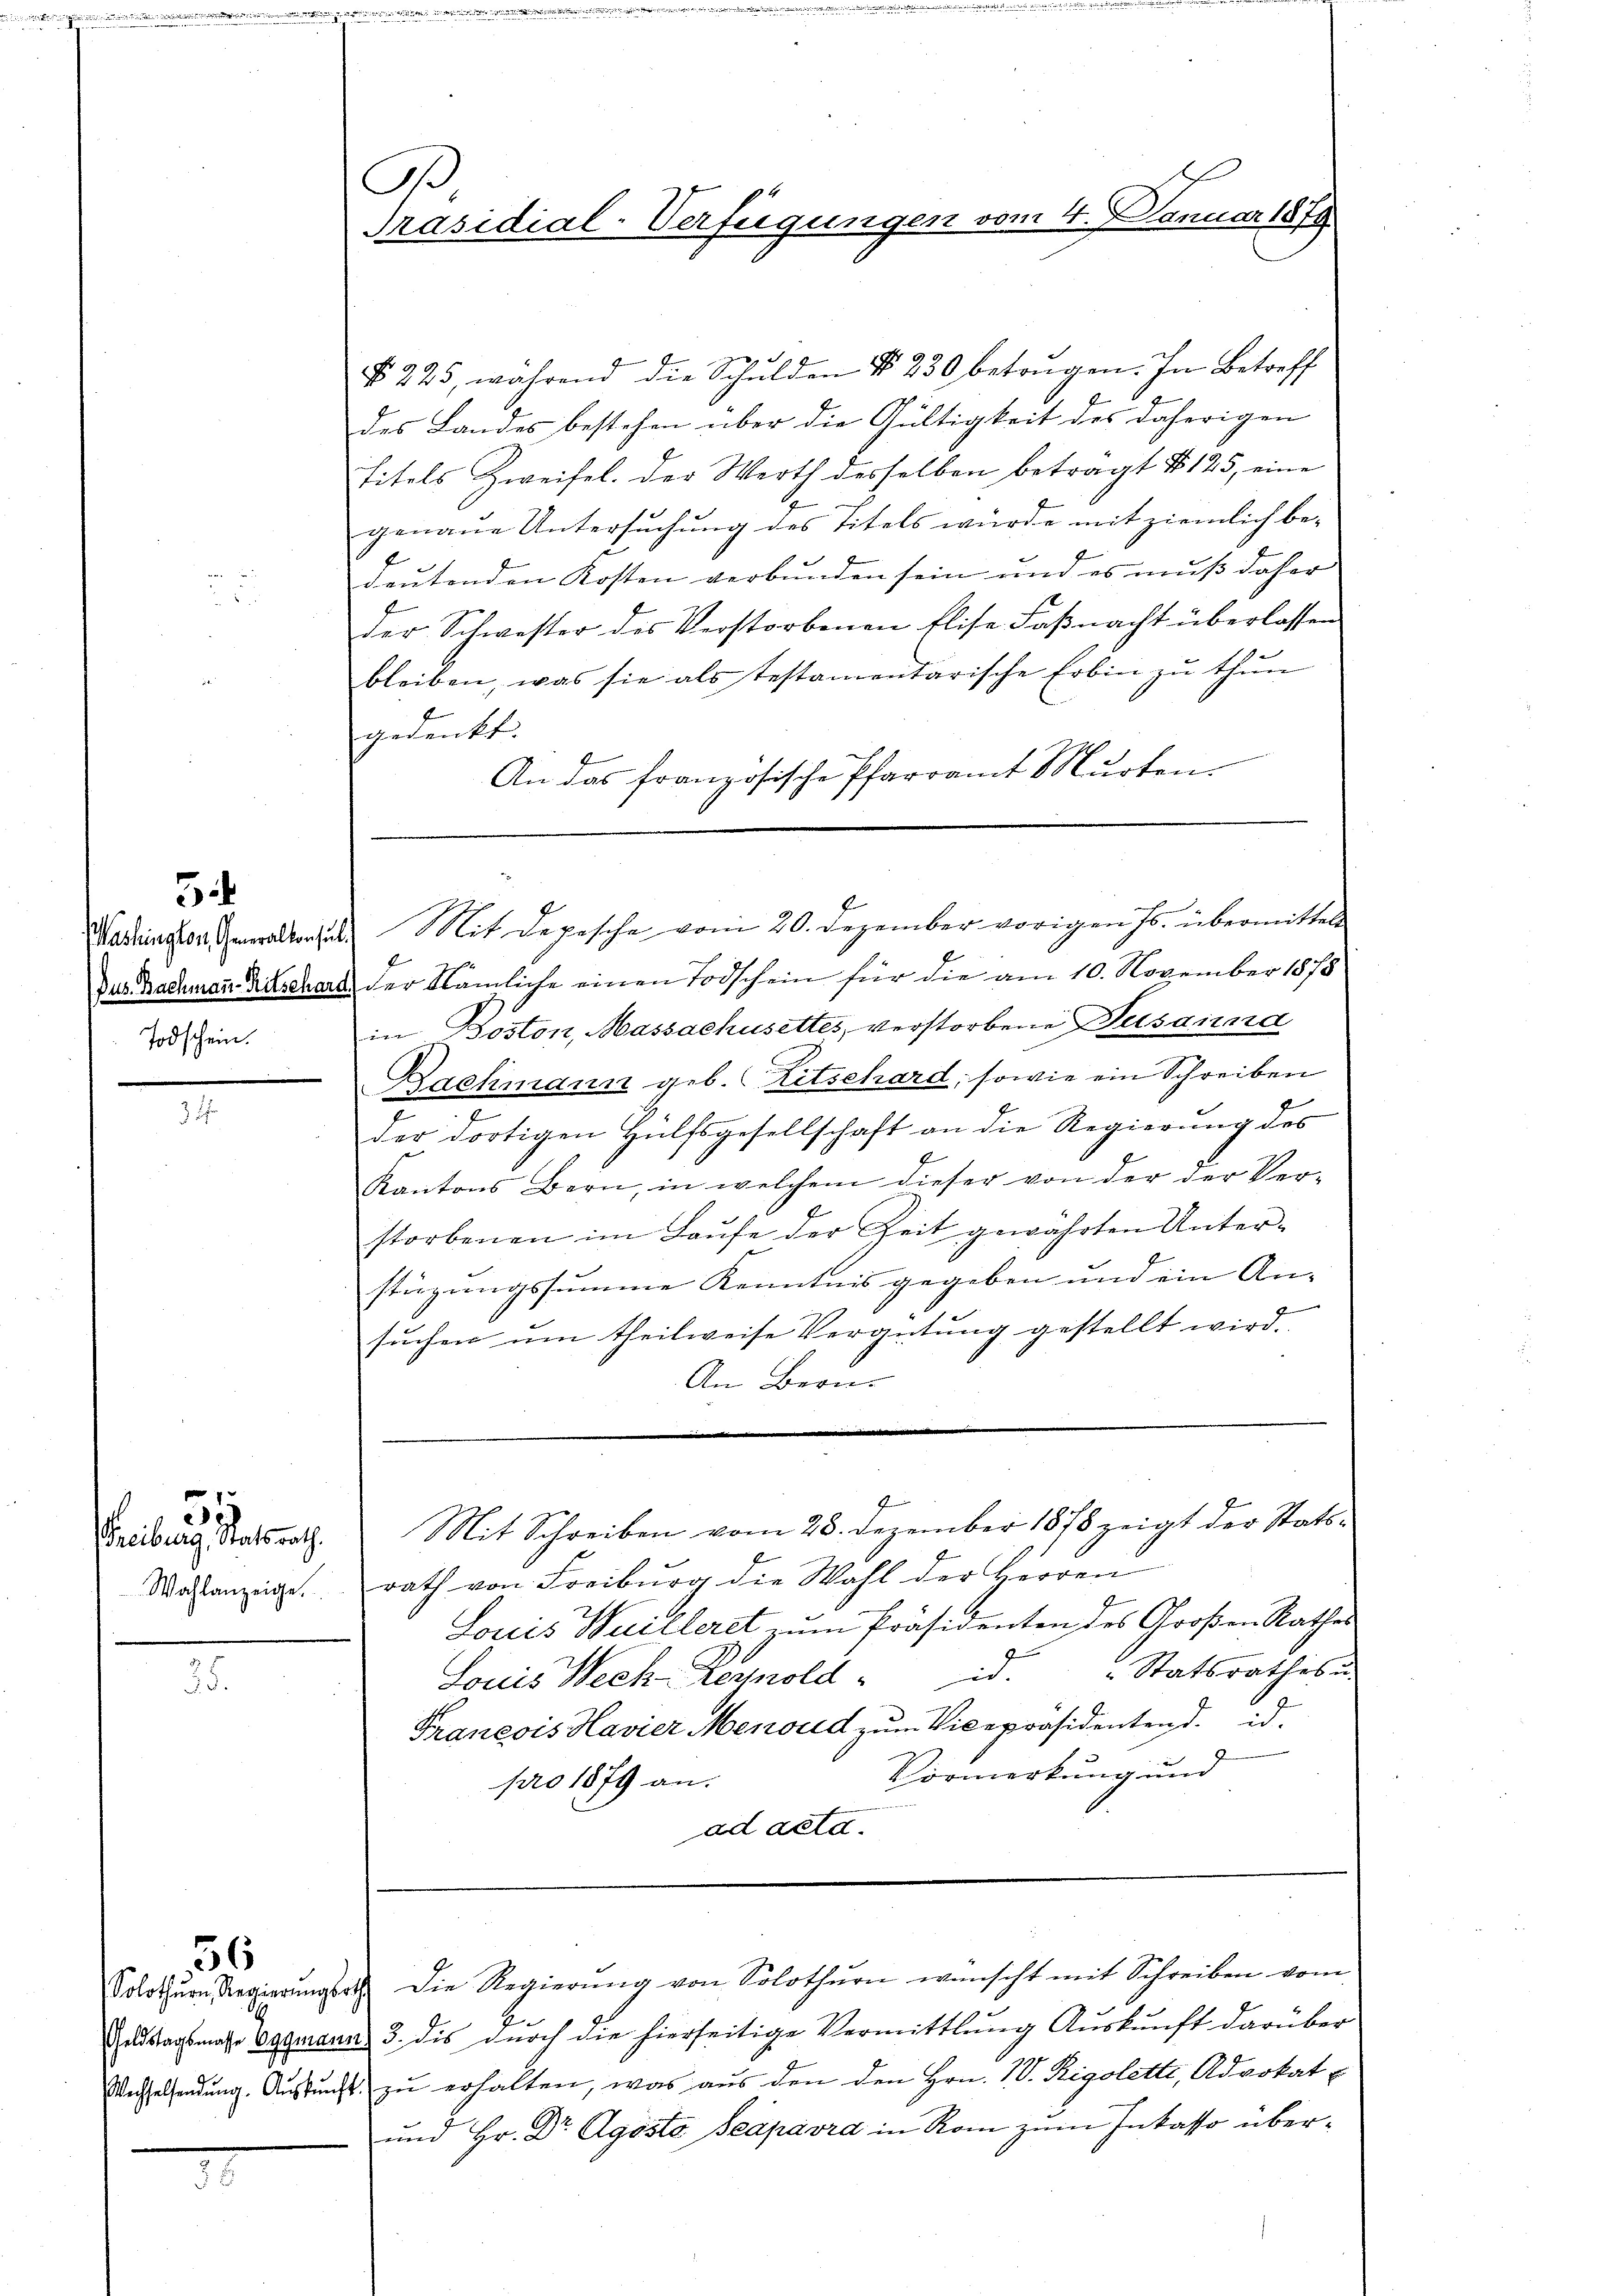
Todschein.

Wahlanzeige.

3

§ 225, während die Schulden § 230 betrügen. In Betreff
des Landes bestehen über die Gültigkeit des daherigen
Titels Zweifel. der Werth desselben betragt § 125, eine
genaue Untersŭchŭng des Titels würde mit ziemlich be-
deutenden Kosten verbunden sein und es muß daher
der Schwester des Verstorbenen Elise Faßnacht überlassen
bleiben, was sie als testamentarische Erbin zŭ thŭn
gedenkt.
An das französische Pfarramt Murten.
Jus Bachmann Rutschard der Nämliche einen Todschein für die am 10. November 1878
in Boston, Massachusettes, verstorbene Dusanna
Bachmann geb. Eitschard, sowie ein Schreiben
f
e
der dortigen Hülfsgesellschaft an die Regierung des
Kantons Bern, in welchem dieser von der der Ver-
storbenen im Laŭfe der Zeit gewährten Unter-
stüzungssumme Kenntnis gegeben und ein An-
suchen um theilweise Vergütung gestellt wird.
Am Bern.
Ge
Freiburg Staatsrath. Mit Schreiben vom 28. Dezember 1878 zeigt der Stattrath von Freiburg die Wahl der Herren
Louis Weilleret zŭm Präsidenten des Großen Rathes
Louis Weck-Leynold " id. " Statsrathebŭ
Franeois Havier Menoud zum Vicepräsidenten d. d.
Vormerkung und
pro 1879 an.
ad acta.
Solothŭrn Regierŭngsrath die Regierŭng von Solothurn wünscht mit Schreiben vom
Gadstagsmass Eggmann 3. dis durch die hierseitige Vermittlung Auskunft darüber
Wechselsendung. Auskunft zu erhalten, was aus den den Hrn. IV. Rigolette, Advokat
und Hr. Dr Agösto Peapavra in Rom zum Inkasso über¬

36

B
Präsidial-Verfügungen vom 4. Januar 1878

Madringer Gewalterst Mit Depesche vom 20. Dezember vorigen Js. übermittel